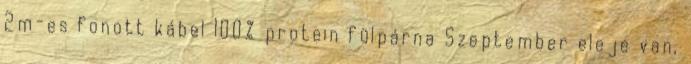
2m-es fonott kábel 100% protein fülpárna Szeptember eleje van,